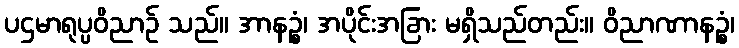
ပဌမာရုပ္ပဝိညာဉ် သည်။ အာနဉ္စံ၊ အပိုင်းအခြား မရှိသည်တည်း။ ဝိညာဏာနဉ္စံ၊